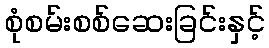
စုံစမ်းစစ်ဆေးခြင်းနှင့်